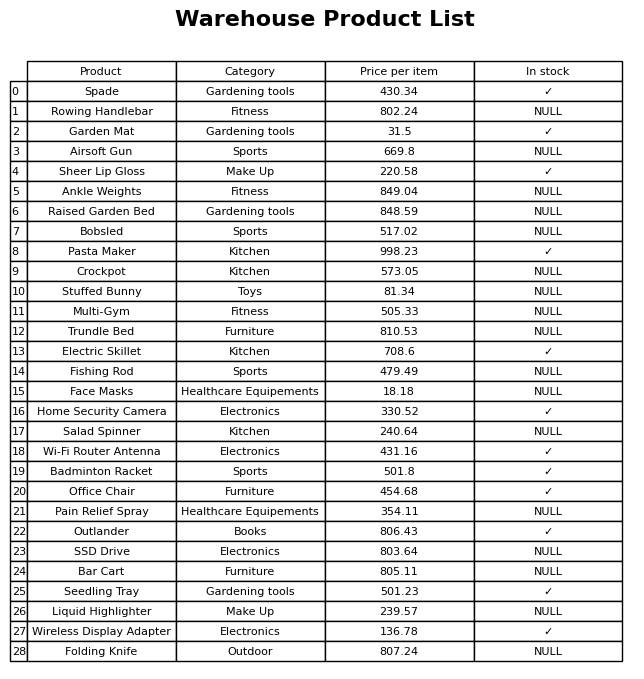
question: Is the Raised Garden Bed in stock?
answer: NULL